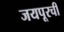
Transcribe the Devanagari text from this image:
जयपूरची